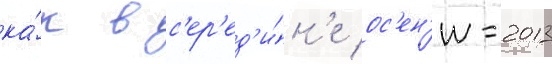
ка́к в с'ер'ед'и́н'е ос'ен'и-2013